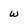
Character: w